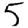
Digit: 5